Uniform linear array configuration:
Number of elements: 48
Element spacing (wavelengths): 0.5
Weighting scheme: cosine
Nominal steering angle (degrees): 45
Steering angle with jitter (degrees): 43.893
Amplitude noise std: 0.05
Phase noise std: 0.05

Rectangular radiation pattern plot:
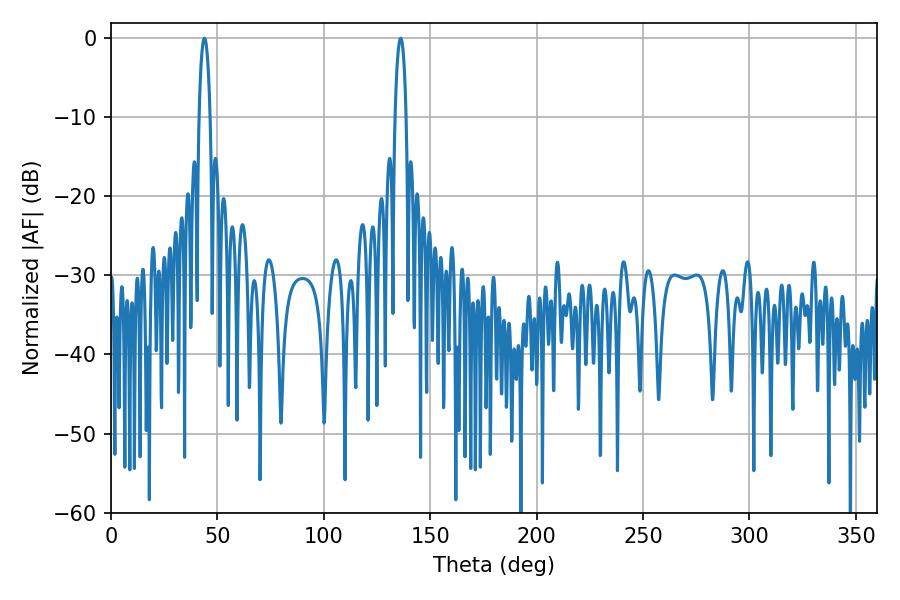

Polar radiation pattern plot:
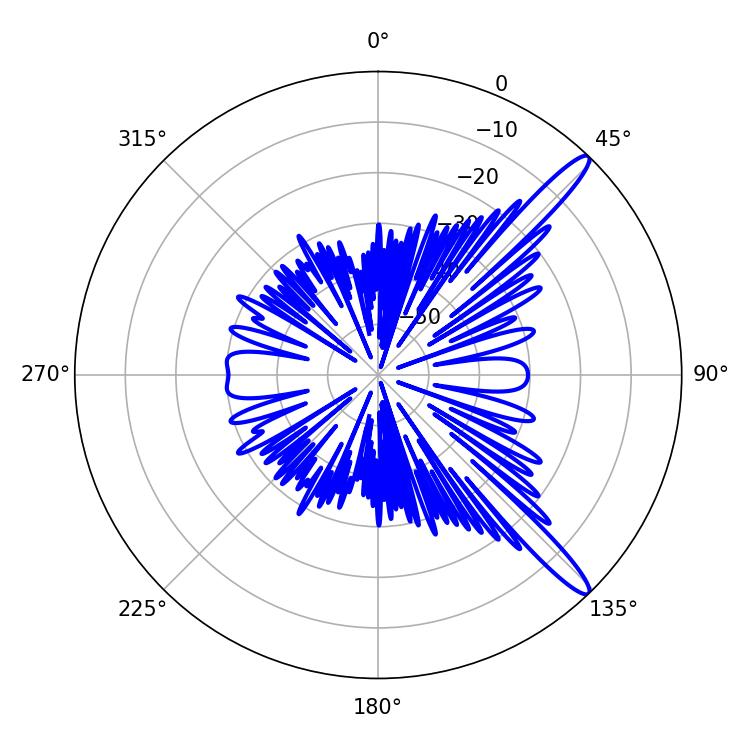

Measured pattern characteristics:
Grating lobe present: FALSE
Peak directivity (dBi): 13.97
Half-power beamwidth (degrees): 2.88
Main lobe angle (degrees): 43.92